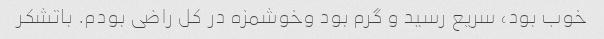
خوب بود، سریع رسید و گرم بود وخوشمزه در کل راضی بودم. باتشکر